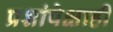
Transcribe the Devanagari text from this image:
प्रश्नांपेक्षाही